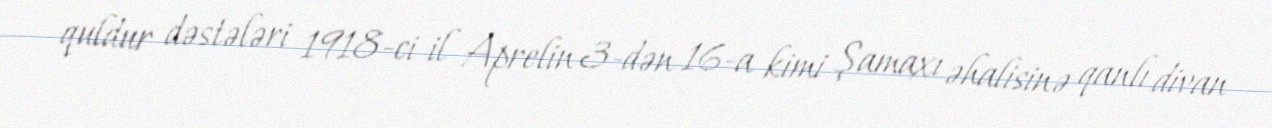
quldur dəstələri 1918-ci il Aprelin 3-dən 16-a kimi Şamaxı əhalisinə qanlı divan